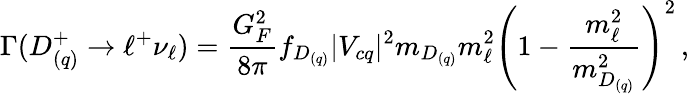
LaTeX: \Gamma(D_{(q)}^{+}\to\ell^{+}\nu_{\ell})={\frac{G_{F}^{2}}{8\pi}}f_{D_{(q)}}|V_{cq}|^{2}m_{D_{(q)}}m_{\ell}^{2}\left(1-{\frac{m_{\ell}^{2}}{m_{D_{(q)}}^{2}}}\right)^{2}\, ,